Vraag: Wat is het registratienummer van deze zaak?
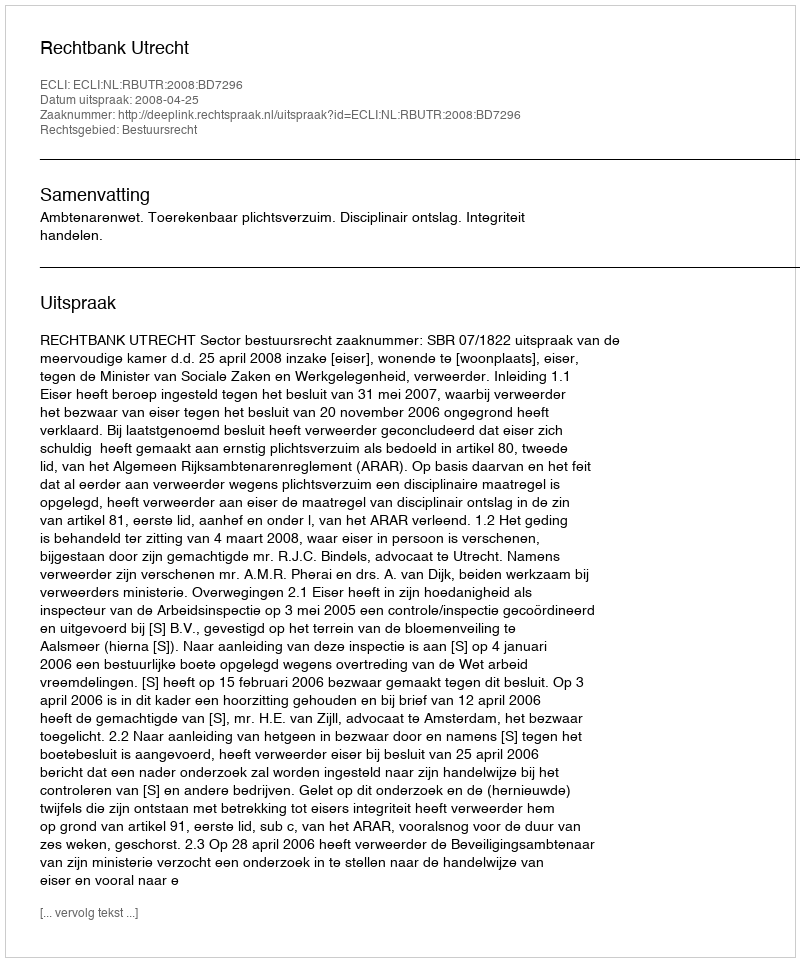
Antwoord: http://deeplink.rechtspraak.nl/uitspraak?id=ECLI:NL:RBUTR:2008:BD7296